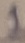
Text: 1